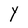
Character: Y